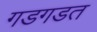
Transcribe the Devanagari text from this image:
गडगडत